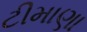
ટીમાણા